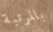
بالمرتبة